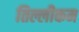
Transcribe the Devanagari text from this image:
तिल्लीकम